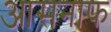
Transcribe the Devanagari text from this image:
आसनाफ